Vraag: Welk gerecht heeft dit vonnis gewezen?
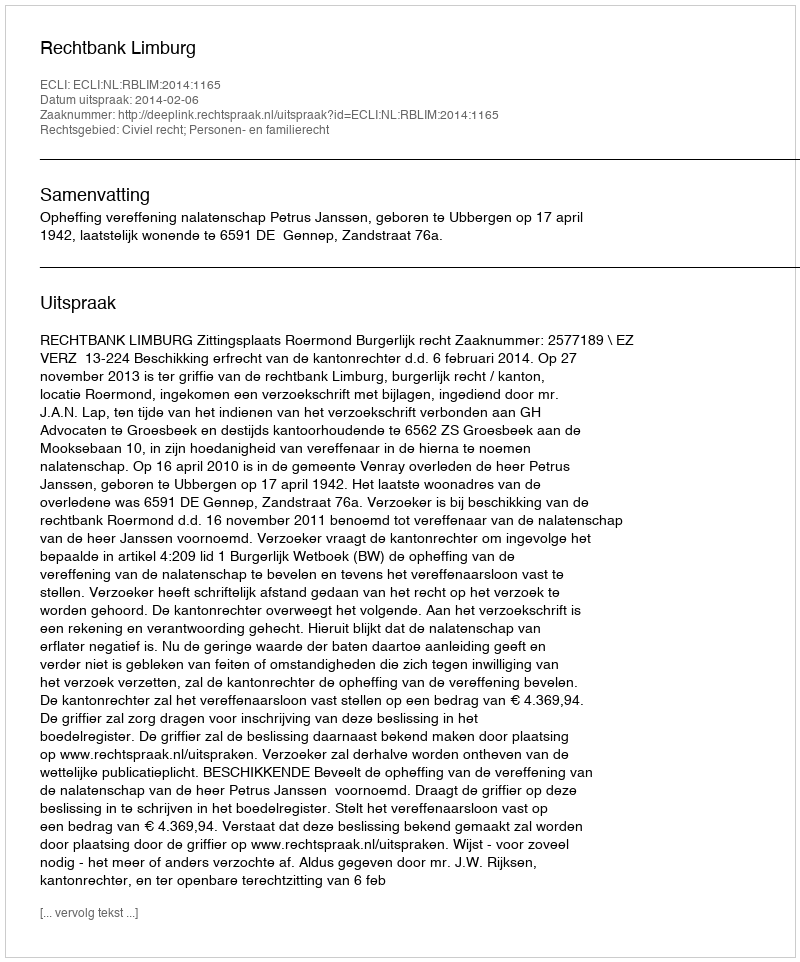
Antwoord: Rechtbank Limburg